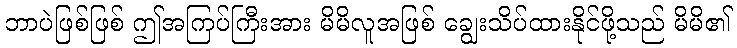
ဘာပဲဖြစ်ဖြစ် ဤအကြပ်ကြီးအား မိမိလူအဖြစ် ချွေးသိပ်ထားနိုင်ဖို့သည် မိမိ၏